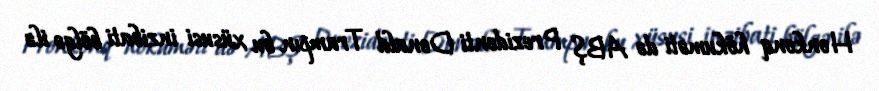
Honkonq hökuməti də ABŞ Prezidenti Donald Trampın bu xüsusi inzibati bölgə ilə